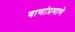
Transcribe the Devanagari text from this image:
वाणांप्रमाणे